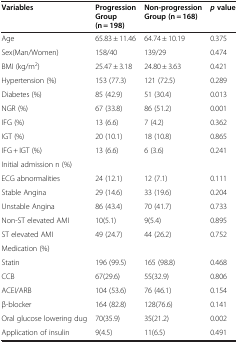
| Variables | Progression Group(n = 198) | Non-progression Group (n = 168) | p value |
 | --- | --- | --- | --- |
 | Age | 65.83 ± 11.46 | 64.74 ± 10.19 | 0.375 |
 | Sex(Man/Women) | 158/40 | 139/29 | 0.474 |
 | BMI (kg/m2) | 25.47 ± 3.18 | 24.80 ± 3.63 | 0.421 |
 | Hypertension (%) | 153 (77.3) | 121 (72.5) | 0.289 |
 | Diabetes (%) | 85 (42.9) | 51 (30.4) | 0.013 |
 | NGR (%) | 67 (33.8) | 86 (51.2) | 0.001 |
 | IFG (%) | 13 (6.6) | 7 (4.2) | 0.362 |
 | IGT (%) | 20 (10.1) | 18 (10.8) | 0.865 |
 | IFG + IGT (%) | 13 (6.6) | 6 (3.6) | 0.241 |
 | Initial admission n (%) |  |  |  |
 | ECG abnormalities | 24 (12.1) | 12 (7.1) | 0.111 |
 | Stable Angina | 29 (14.6) | 33 (19.6) | 0.204 |
 | Unstable Angina | 86 (43.4) | 70 (41.7) | 0.733 |
 | Non-ST elevated AMI | 10(5.1) | 9(5.4) | 0.895 |
 | ST elevated AMI | 49 (24.7) | 44 (26.2) | 0.752 |
 | Medication (%) |  |  |  |
 | Statin | 196 (99.5) | 165 (98.8) | 0.468 |
 | CCB | 67(29.6) | 55(32.9) | 0.806 |
 | ACEI/ARB | 104 (53.6) | 76 (46.1) | 0.154 |
 | β-blocker | 164 (82.8) | 128(76.6) | 0.141 |
 | Oral glucose lowering dug | 70(35.9) | 35(21.2) | 0.002 |
 | Application of insulin | 9(4.5) | 11(6.5) | 0.491 |